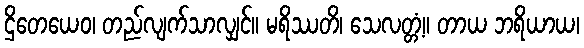
ဌိတေယေဝ၊ တည်လျက်သာလျှင်။ မရိဿတိ၊ သေလတ္တံ့။ တာယ ဘရိယာယ၊